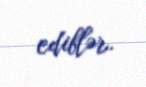
ediblər.